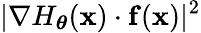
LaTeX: |\nabla H_{\boldsymbol\theta}(\mathbf{x})\cdot\mathbf{f}(\mathbf{x})|^{2}